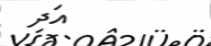
އަދި